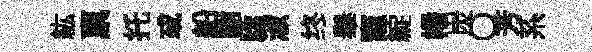
紘禀托㦯船謝驕淑终𦦙竈綻幡炭〇芳系